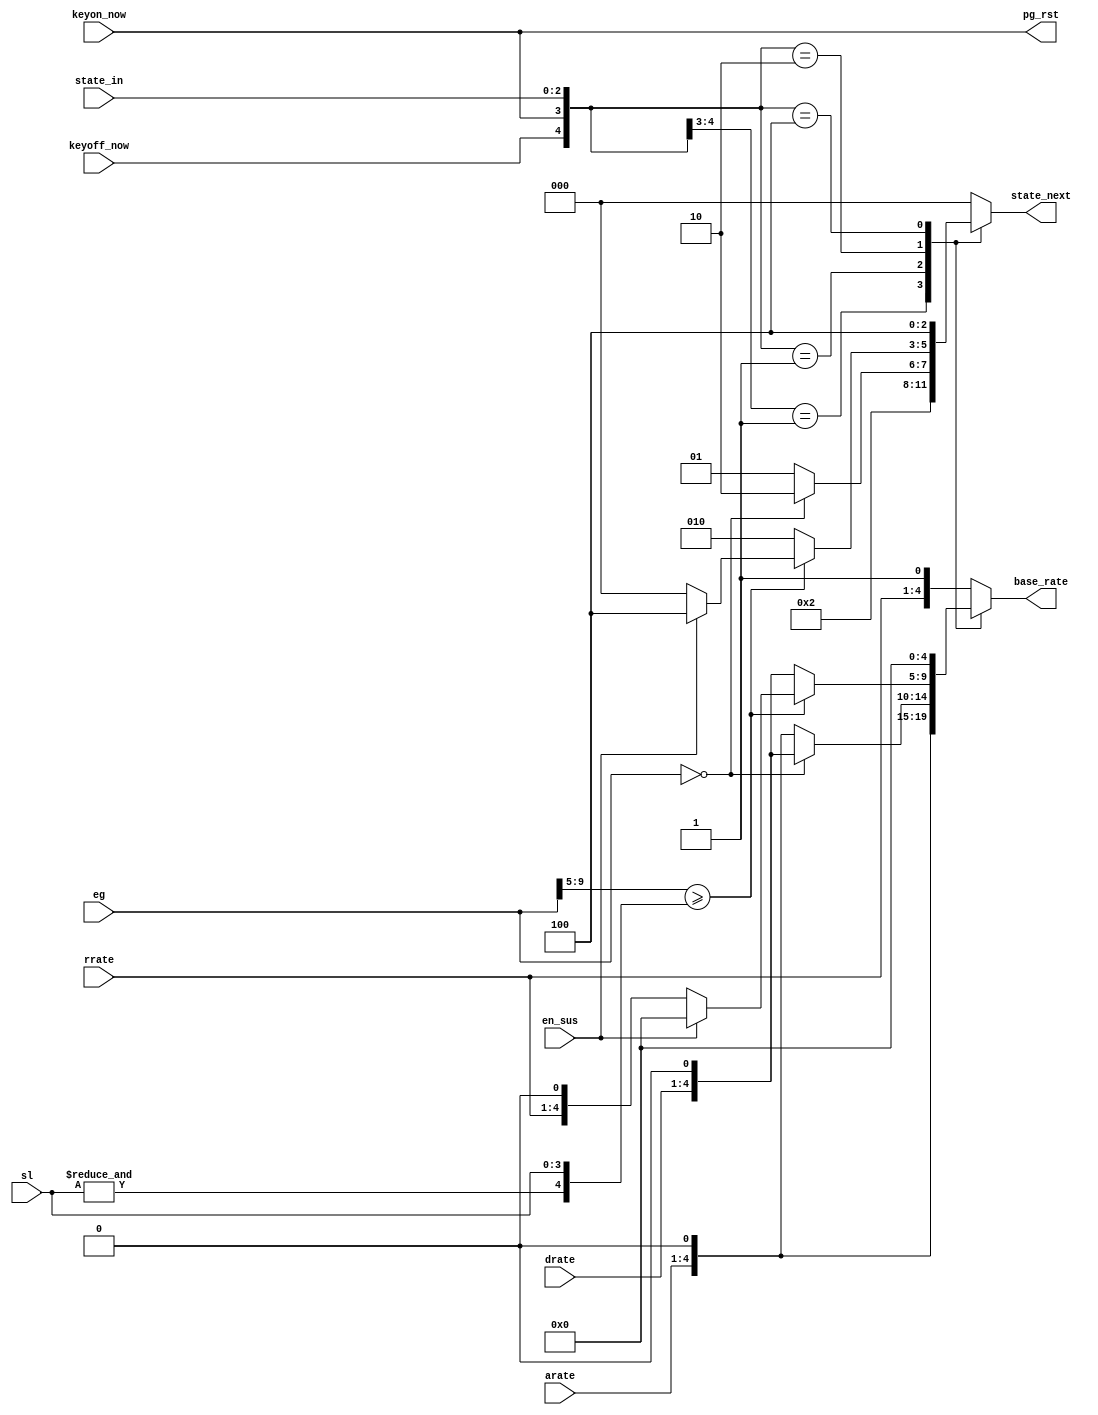
/*  This file is part of JTOPL.

    JTOPL is free software: you can redistribute it and/or modify
    it under the terms of the GNU General Public License as published by
    the Free Software Foundation, either version 3 of the License, or
    (at your option) any later version.

    JTOPL is distributed in the hope that it will be useful,
    but WITHOUT ANY WARRANTY; without even the implied warranty of
    MERCHANTABILITY or FITNESS FOR A PARTICULAR PURPOSE.  See the
    GNU General Public License for more details.

    You should have received a copy of the GNU General Public License
    along with JTOPL.  If not, see <http://www.gnu.org/licenses/>.

    Author: Jose Tejada Gomez. Twitter: @topapate
    Version: 1.0
    Date: 17-6-2020

    */

module jtopl_eg_ctrl(
    input               keyon_now,
    input               keyoff_now,
    input       [2:0]   state_in,
    input       [9:0]   eg,
    // envelope configuration   
    input               en_sus, // enable sustain
    input       [3:0]   arate,  // attack  rate
    input       [3:0]   drate,  // decay   rate
    input       [3:0]   rrate,
    input       [3:0]   sl,     // sustain level

    output reg  [4:0]   base_rate,
    output reg  [2:0]   state_next,
    output reg          pg_rst
);

localparam  ATTACK = 3'b001, 
            DECAY  = 3'b010, 
            HOLD   = 3'b100,
            RELEASE= 3'b000; // default state is release 

// wire is_decaying = state_in[1] | state_in[2];

wire [4:0] sustain = { &sl, sl}; //93dB if sl==4'hF

always @(*) begin
    pg_rst = keyon_now;
end

always @(*) 
    casez ( { keyoff_now, keyon_now, state_in} )
        5'b01_???: begin // key on
            base_rate   = {arate,1'b0};
            state_next  = ATTACK;
        end
        {2'b00, ATTACK}: 
            if( eg==10'd0 ) begin
                base_rate   = {drate,1'b0};
                state_next  = DECAY;
            end
            else begin
                base_rate   = {arate,1'b0};
                state_next  = ATTACK;
            end
        {2'b00, DECAY}: begin
            if( eg[9:5] >= sustain ) begin
                base_rate  = en_sus ? 5'd0 : {rrate,1'b0};
                state_next = en_sus ? HOLD : RELEASE;
            end else begin
                base_rate  = {drate,1'b0}; 
                state_next = DECAY;
            end
        end
        {2'b00, HOLD}: begin
            base_rate   = 5'd0;
            state_next  = HOLD;
        end
        default: begin // RELEASE, note that keyoff_now==1 will enter this state too
            base_rate   = {rrate,1'b1};
            state_next  = RELEASE;  // release
        end
    endcase


endmodule // jtopl_eg_ctrl